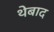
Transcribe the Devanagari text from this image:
थेबाद